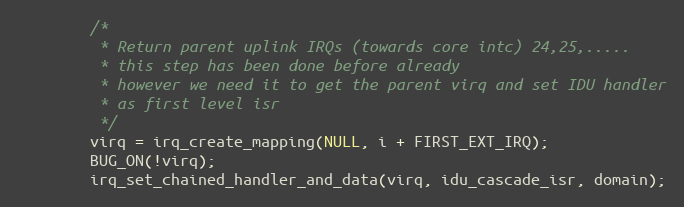
Language: C
		/*
		 * Return parent uplink IRQs (towards core intc) 24,25,.....
		 * this step has been done before already
		 * however we need it to get the parent virq and set IDU handler
		 * as first level isr
		 */
		virq = irq_create_mapping(NULL, i + FIRST_EXT_IRQ);
		BUG_ON(!virq);
		irq_set_chained_handler_and_data(virq, idu_cascade_isr, domain);